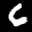
Label: 6